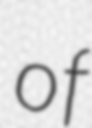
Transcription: of